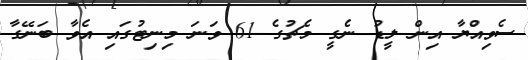
ސެވިއްޔާ އިން ލީޑު ނެގީ މެޗުގެ 61 ވަނަ މިނިޓުގައި އެވާ ބަނޭގާ